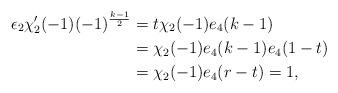
LaTeX: \begin{align*}\epsilon_{2}\chi_{2}'(-1)(-1)^{\frac{k-1}{2}}&=t\chi_{2}(-1)e_{4}(k-1)\\&=\chi_{2}(-1)e_{4}(k-1)e_{4}(1-t)\\&=\chi_{2}(-1)e_{4}(r-t)=1,\end{align*}